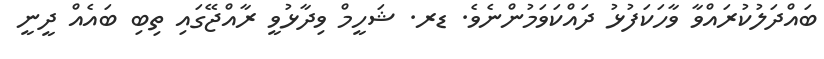
ބައްދަލުކުރައްވާ ވާހަކަފުޅު ދައްކަވަމުންނެވެ. ޑރ. ޝަހީމް ވިދާޅުވީ ރާއްޖޭގައި ތިބި ބައެއް ދީނީ